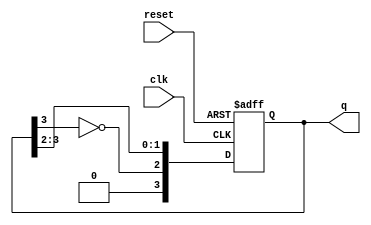
module johnson_counter #(
    parameter N = 4  // Number of flip-flops
) (
    input wire clk,      // Clock input
    input wire reset,    // Asynchronous reset
    output reg [N-1:0] q // Output state of the counter
);

    always @(posedge clk or posedge reset) begin
        if (reset) begin
            q <= 0; // Reset the counter to 0
        end else begin
            // Johnson counter logic
            q <= {~q[N-1], q[N-1:N-2]}; // Shift and feed back inverted last flip-flop
        end
    end

endmodule